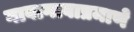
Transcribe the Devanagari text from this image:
गावागावाप्रमाणे